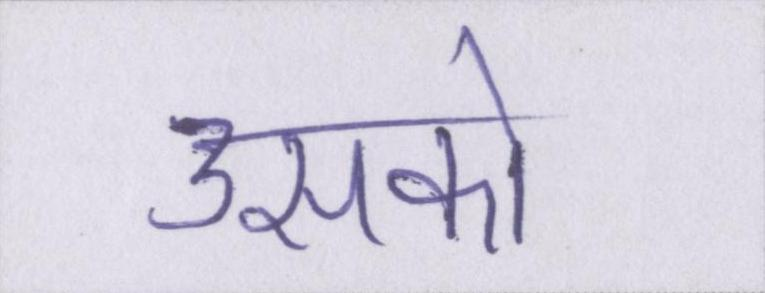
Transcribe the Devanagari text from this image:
उसको